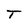
Character: T